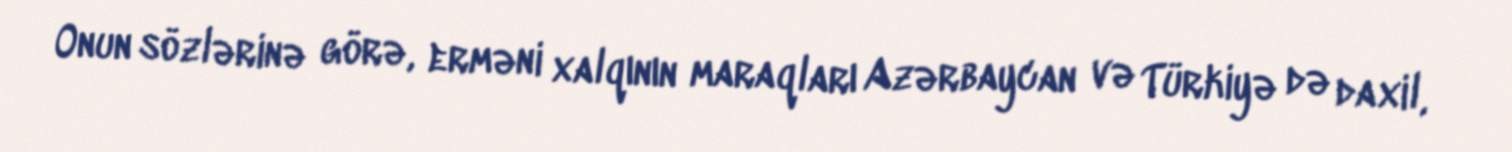
Onun sözlərinə görə, erməni xalqının maraqları Azərbaycan və Türkiyə də daxil,